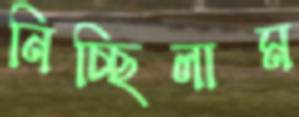
নিচ্ছিলাম